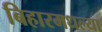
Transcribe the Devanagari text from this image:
बिहारमधल्या